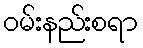
ဝမ်းနည်းစရာ